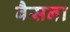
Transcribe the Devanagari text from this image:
बैसना